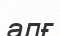
алғ